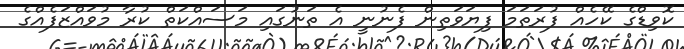
ކޮވިޑްގެ ކޭހެއް ފުރަތަމަ ފިޔަވަތިން ފެނުނީ އެ ތަނުގައި މަސައްކަތް ކުރާ މުވައްޒަފެއްގެ